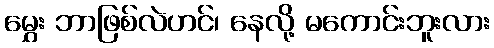
မွှေး ဘာဖြစ်လဲဟင်၊ နေလို့ မကောင်းဘူးလား